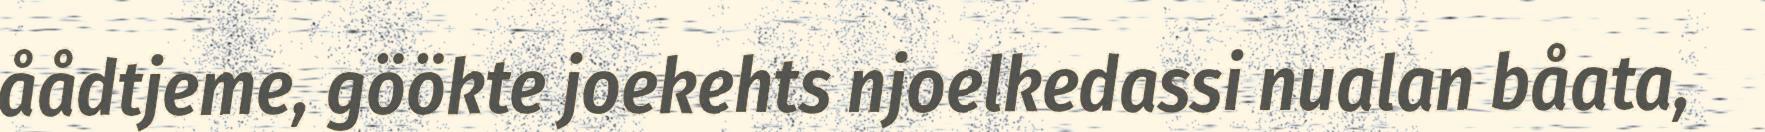
åådtjeme, göökte joekehts njoelkedassi nualan båata,